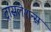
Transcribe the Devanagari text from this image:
ट्रांसलेशन्स